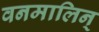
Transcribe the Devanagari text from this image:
वनमालिन्